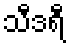
သီဒရီ